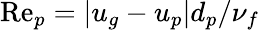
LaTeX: \mathrm{Re}_{p}=|u_{g}-u_{p}|d_{p}/\nu_{f}